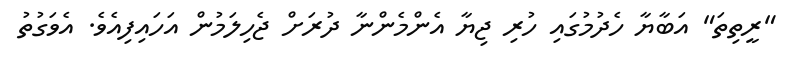
"ރީތިތަ" އަބާޔާ ހެދުމުގައި ހުރި ޖިޔާ އެންމެންނާ ދުރަށް ޖެހިލަމުން އަހައިފިއެވެ. އެވަގުތު